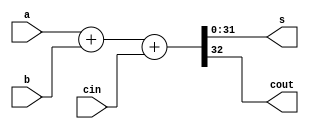
module adder(
    input  [31:0] a,
    input  [31:0] b,
    input         cin,
    output [31:0] s,
    output        cout
);

assign {cout, s} = a + b + cin;

endmodule